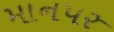
માનપર